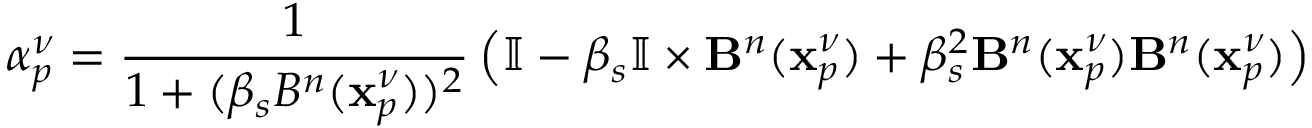
{ \alpha } _ { p } ^ { \nu } = \frac { 1 } { 1 + ( \beta _ { s } B ^ { n } ( \mathbf { x } _ { p } ^ { \nu } ) ) ^ { 2 } } \left( \mathbb { I } - \beta _ { s } \mathbb { I } \times \mathbf { B } ^ { n } ( \mathbf { x } _ { p } ^ { \nu } ) + \beta _ { s } ^ { 2 } \mathbf { B } ^ { n } ( \mathbf { x } _ { p } ^ { \nu } ) \mathbf { B } ^ { n } ( \mathbf { x } _ { p } ^ { \nu } ) \right)